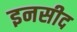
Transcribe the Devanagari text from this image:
इनसीद